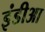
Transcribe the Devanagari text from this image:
इंडीआ